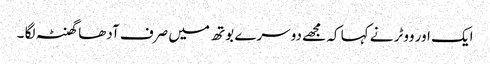
ایک اور ووٹر نے کہا کہ مجھے دوسرے بوتھ میں صرف آدھا گھنٹہ لگا ۔